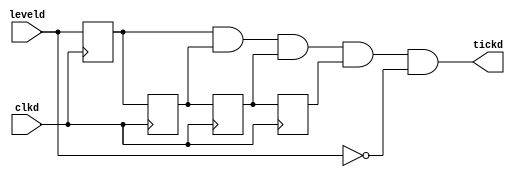
`timescale 1ns / 1ps
//////////////////////////////////////////////////////////////////////////////////
// Company: 
// Engineer: 
// 
// Design Name: 
// Module Name:    ctrl_botones_down 
// Project Name: 
// Target Devices: 
// Tool versions: 
// Description: 
//
// Dependencies: 
//
// Revision: 
// Revision 0.01 - File Created
// Additional Comments: 
//
//////////////////////////////////////////////////////////////////////////////////
module ctrl_botones_down 
( 
input wire clkd, 
input wire leveld, 
output wire tickd                  
       
   );

reg FF1;       
reg FF2;       
reg FF3; 
reg FF4; 
     
always @(posedge clkd) begin
      FF1<=leveld;      //el siguiente valor de FF1 sera inp
      FF2<=FF1;   //el siguiente valor de FF2 sera FF1
      FF3<=FF2;   //el siguiente valor de FF3 sera FF2
		FF4<=FF3;
end

assign tickd = FF1 & FF2 & FF3 & FF4 & !leveld;   //outp sera 1 si FF1, FF2, FF3 y FF4 son 1 .

endmodule